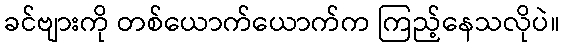
ခင်ဗျားကို တစ်ယောက်ယောက်က ကြည့်နေသလိုပဲ။